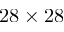
2 8 \times 2 8